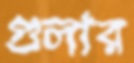
গুলার